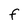
Character: F